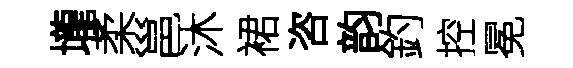
壠柔邕沐裙咨韵釣控冕